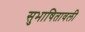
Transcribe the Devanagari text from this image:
सुभाषितावली